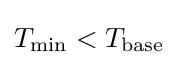
T_{\mathrm {min} }<T_{\mathrm {base} }